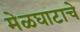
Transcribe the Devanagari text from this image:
मेळघाटाचे